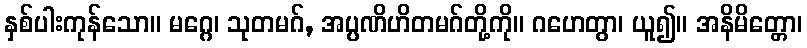
နှစ်ပါးကုန်သော။ မဂ္ဂေ၊ သုတမဂ်, အပ္ပဏိဟိတမဂ်တို့ကို။ ဂဟေတွာ၊ ယူ၍။ အနိမိတ္တော၊